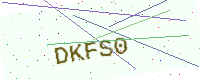
Text: DKFS0